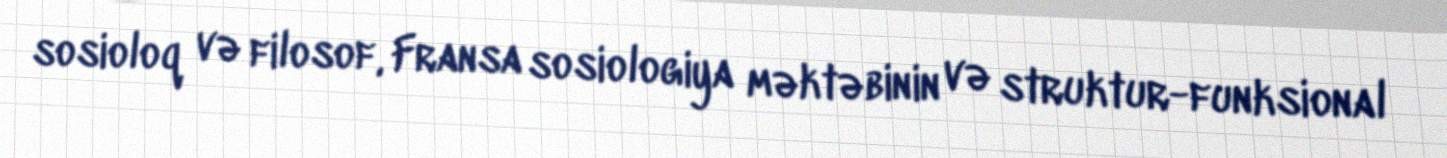
sosioloq və filosof, Fransa sosiologiya məktəbinin və struktur-funksional